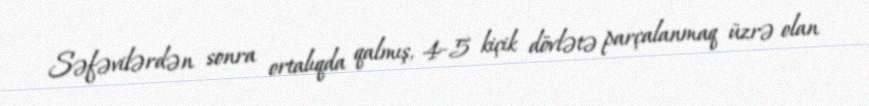
Səfəvilərdən sonra ortalıqda qalmış, 4-5 kiçik dövlətə parçalanmaq üzrə olan